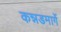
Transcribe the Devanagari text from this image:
कन्नडमार्गे